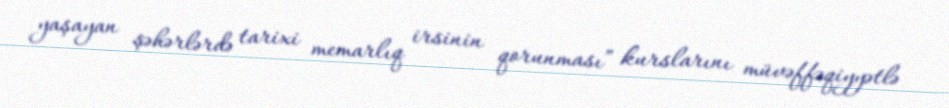
yaşayan şəhərlərdə tarixi memarlıq irsinin qorunması” kurslarını müvəffəqiyyətlə